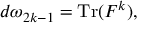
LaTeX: d \omega _ { 2 k - 1 } = \operatorname { T r } ( F ^ { k } ) ,